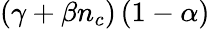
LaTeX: \left(\gamma+\beta n_{c}\right)\left(1-\alpha\right)